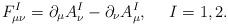
LaTeX: \begin{align*}F_{\mu\nu}^I=\partial_\mu A_\nu^I -\partial_\nu A_\mu^I,~~~~I=1,2.\end{align*}